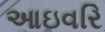
આઇવરિ